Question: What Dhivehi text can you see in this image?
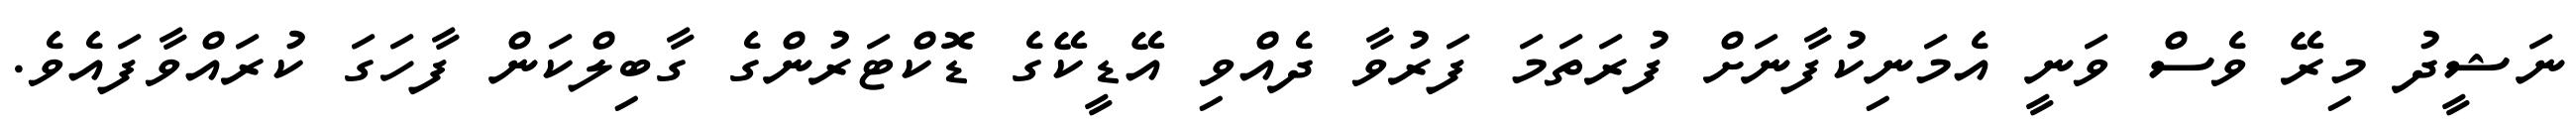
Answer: ނަޝީދު މިރޭ ވެސް ވަނީ އެމަނިކުފާނަށް ފުރަތަމަ ފަރުވާ ދެއްވި އޭޑީކޭގެ ޑޮކްޓަރުންގެ ގާބިލްކަން ފާހަގަ ކުރައްވާފައެވެ.